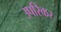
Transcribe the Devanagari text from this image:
उपरिकर